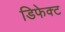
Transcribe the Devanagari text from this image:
डिफेक्‍ट